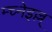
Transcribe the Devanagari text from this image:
म्च्नेइल्ल्